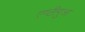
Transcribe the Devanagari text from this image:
एण्टीगुआ